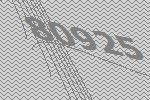
80925